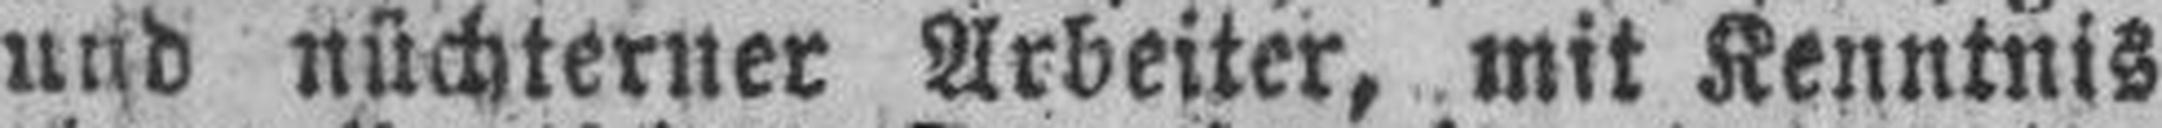
und nüchterner Arbeiter, mit Kenntnis